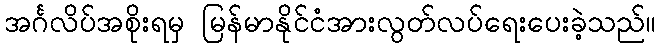
အင်္ဂလိပ်အစိုးရမှ မြန်မာနိုင်ငံအားလွတ်လပ်ရေးပေးခဲ့သည်။